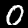
Label: 0